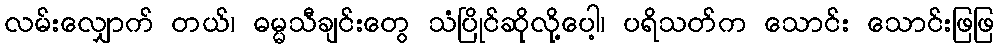
လမ်းလျှောက် တယ်၊ ဓမ္မသီချင်းတွေ သံပြိုင်ဆိုလို့ပေါ့၊ ပရိသတ်က သောင်း သောင်းဖြဖြ